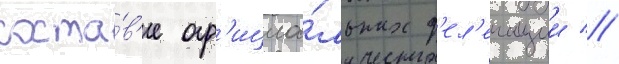
соста́в'е оф'ициа́льных д'ел'егации //